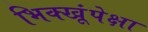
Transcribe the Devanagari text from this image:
भिक्खूंपेक्षा